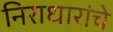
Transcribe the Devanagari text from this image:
निराधारांचे